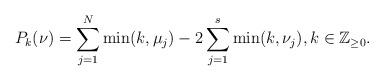
LaTeX: \begin{align*}P_{k}(\nu)= \sum_{j=1}^{N}\min(k,\mu_j) -2 \sum_{j=1}^{s}\min(k,\nu_j),k\in\mathbb{Z}_{\geq 0}.\end{align*}